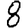
Digit: 8